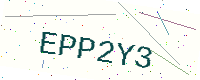
Text: EPP2Y3